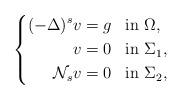
LaTeX: \begin{align*}\left\{\begin{aligned}(-\Delta)^s v&=g && \mbox{in } \Omega,\\v&=0 && \mbox{in } \Sigma_1,\\\mathcal{N}_s v&=0 &&\mbox{in }\Sigma_2,\end{aligned}\right.\end{align*}